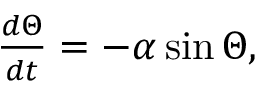
\begin{array} { r } { \frac { d \Theta } { d t } = - \alpha \sin \Theta , } \end{array}